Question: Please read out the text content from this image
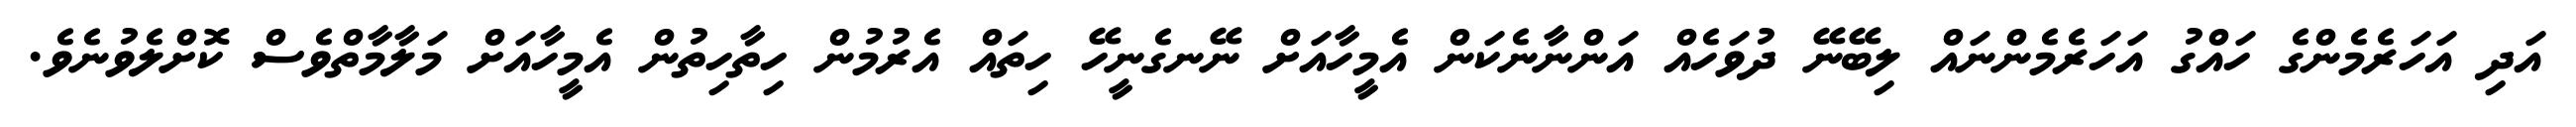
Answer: އަދި އަހަރެމެންގެ ހައްގު އަހަރެމެންނައް ލިބޭނޭ ދުވަހެއް އަންނާނެކަން އެމީހާއަށް ނޭނގެނީހޭ ހިތައް އެރުމުން ހިތާހިތުން އެމީހާއަށް މަލާމާތްވެސް ކޮށްލެވުނެވެ.